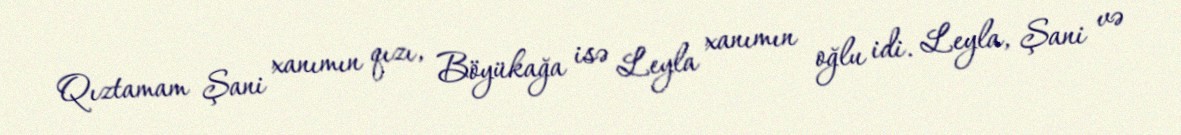
Qıztamam Şani xanımın qızı, Böyükağa isə Leyla xanımın oğlu idi. Leyla, Şani və